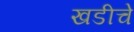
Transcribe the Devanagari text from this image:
खडीचे